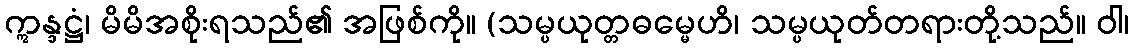
ဣန္ဒဋ္ဌံ၊ မိမိအစိုးရသည်၏ အဖြစ်ကို။ (သမ္ပယုတ္တဓမ္မေဟိ၊ သမ္ပယုတ်တရားတို့သည်။ ဝါ၊